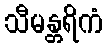
သီမန္တရိကံ